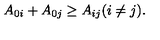
A _ { 0 i } + A _ { 0 j } \geq A _ { i j } ( i \neq j ) .